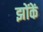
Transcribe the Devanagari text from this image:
झोंकें